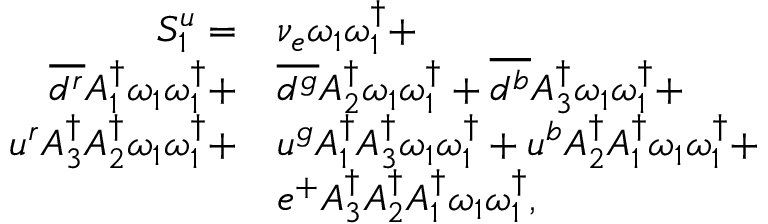
\begin{array} { r l } { S _ { 1 } ^ { u } = } & { { \nu _ { e } } \omega _ { 1 } \omega _ { 1 } ^ { \dagger } + } \\ { \overline { { d ^ { r } } } { A _ { 1 } ^ { \dagger } } \omega _ { 1 } \omega _ { 1 } ^ { \dagger } + } & { \overline { { d ^ { g } } } { A _ { 2 } ^ { \dagger } } \omega _ { 1 } \omega _ { 1 } ^ { \dagger } + \overline { { d ^ { b } } } { A _ { 3 } ^ { \dagger } } \omega _ { 1 } \omega _ { 1 } ^ { \dagger } + } \\ { u ^ { r } { A _ { 3 } ^ { \dagger } } { A _ { 2 } ^ { \dagger } } \omega _ { 1 } \omega _ { 1 } ^ { \dagger } + } & { u ^ { g } { A _ { 1 } ^ { \dagger } } { A _ { 3 } ^ { \dagger } } \omega _ { 1 } \omega _ { 1 } ^ { \dagger } + u ^ { b } { A _ { 2 } ^ { \dagger } } { A _ { 1 } ^ { \dagger } } \omega _ { 1 } \omega _ { 1 } ^ { \dagger } + } \\ & { e ^ { + } { A _ { 3 } ^ { \dagger } } { A _ { 2 } ^ { \dagger } } { A _ { 1 } ^ { \dagger } } \omega _ { 1 } \omega _ { 1 } ^ { \dagger } , } \end{array}